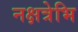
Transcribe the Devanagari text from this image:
नक्षत्रेभि